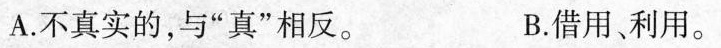
A.不真实的，与”真”相反。 B.借用、利用。